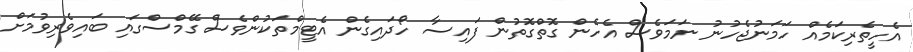
އެހީތެރިކަމެއް ހަމަނުޖެހުނު ނަމަވެސް އެެހެން ގޮތްގޮތުން ފައިސާ ހޯދައިގެން އެޓީމްތަކުންވެސް ގޭމްސްގައި ބައިވެރިވުމަށް